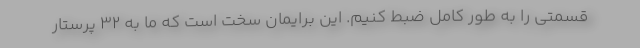
قسمتی را به طور کامل ضبط کنیم. این برایمان سخت است که ما به ۳۲ پرستار